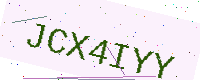
Text: JCX4IYY